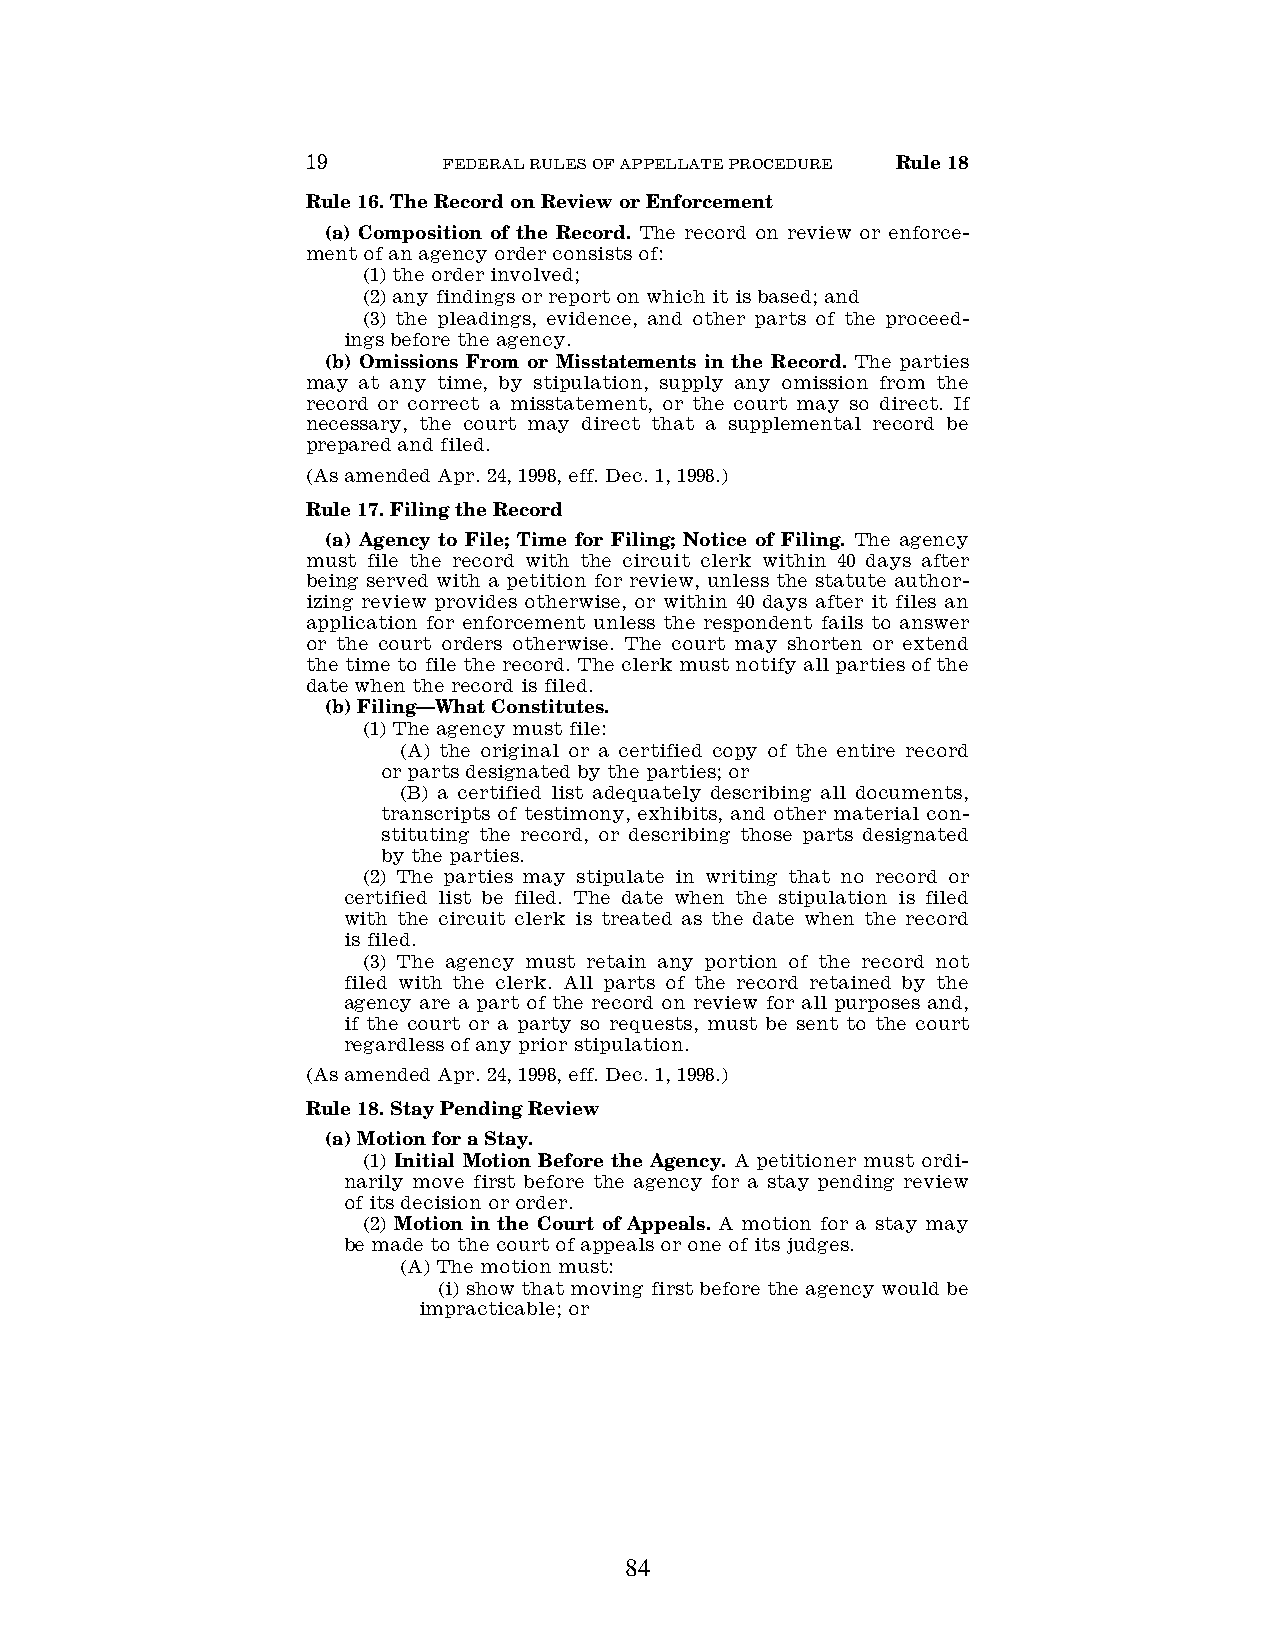
19       FEDERAL RULES OF APPELLATE PROCEDURE Rule 18
 Rule 16. The Record on Review or Enforcement
 (a) Composition of the Record. The record on review or enforce-
 ment of an agency order consists of:
 (1) the order involved;
 (2) any findings or report on which it is based; and
 (3) the pleadings, evidence, and other parts of the proceed-
 ings before the agency.
 (b) Omissions From or Misstatements in the Record. The parties
 may at any time, by stipulation, supply any omission from the
 record or correct a misstatement, or the court may so direct. If
 necessary, the court may direct that a supplemental record be
 prepared and filed.
 (As amended Apr. 24, 1998, eff. Dec. 1, 1998.)
 Rule 17. Filing the Record
 (a) Agency to File; Time for Filing; Notice of Filing. The agency
 must file the record with the circuit clerk within 40 days after
 being served with a petition for review, unless the statute author-
 izing review provides otherwise, or within 40 days after it files an
 application for enforcement unless the respondent fails to answer
 or the court orders otherwise. The court may shorten or extend
 the time to file the record. The clerk must notify all parties of the
 date when the record is filed.
 (b) Filing—What Constitutes.
 (1) The agency must file:
 (A) the original or a certified copy of the entire record
 or parts designated by the parties; or
 (B) a certified list adequately describing all documents,
 transcripts of testimony, exhibits, and other material con-
 stituting the record, or describing those parts designated
 by the parties.
 (2) The parties may stipulate in writing that no record or
 certified list be filed. The date when the stipulation is filed
 with the circuit clerk is treated as the date when the record
 is filed.
 (3) The agency must retain any portion of the record not
 filed with the clerk. All parts of the record retained by the
 agency are a part of the record on review for all purposes and,
 if the court or a party so requests, must be sent to the court
 regardless of any prior stipulation.
 (As amended Apr. 24, 1998, eff. Dec. 1, 1998.)
 Rule 18. Stay Pending Review
 (a) Motion for a Stay.
 (1) Initial Motion Before the Agency. A petitioner must ordi-
 narily move first before the agency for a stay pending review
 of its decision or order.
 (2) Motion in the Court of Appeals. A motion for a stay may
 be made to the court of appeals or one of its judges.
 (A) The motion must:
 (i) show that moving first before the agency would be
 impracticable; or
 84